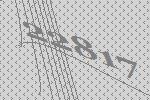
22817